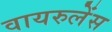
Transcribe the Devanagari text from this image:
वायरुलेंस